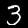
Digit: 3